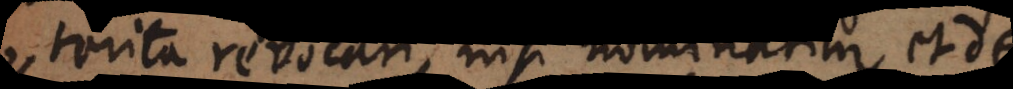
praeterita revocari, nisi nominatim et de